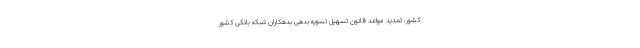
کشور، تمدید مواعد قانون تسهیل تسویه بدهی بدهکاران شبکه بانکی کشور